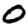
Digit: 0